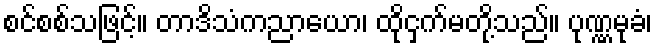
စင်စစ်သဖြင့်။ တာဒိသံကညာယော၊ ထိုငှက်မတို့သည်။ ပုဏ္ဏမုခံ၊